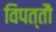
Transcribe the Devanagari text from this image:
विपत्तौ